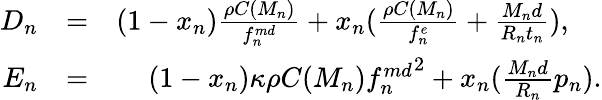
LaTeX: \begin{array}{rlr}{D_{n}}&{=}&{(1-x_{n})\frac{\rho C(M_{n})}{f_{n}^{md}}+x_{n}(\frac{\rho C(M_{n})}{f_{n}^{e}}+\frac{M_{n}d}{R_{n}t_{n}}),\ \ \ \ }\\ {E_{n}}&{=}&{(1-x_{n})\kappa\rho C(M_{n}){f_{n}^{md}}^{2}+x_{n}(\frac{M_{n}d}{R_{n}}p_{n}).}\end{array}